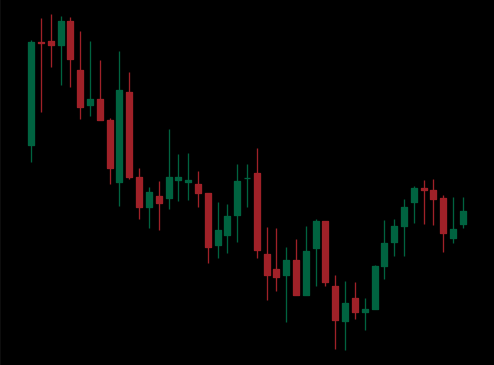
Pattern: bull_flag